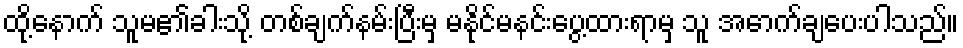
ထို့နောက် သူမ၏ခါးသို့ တစ်ချက်နမ်းပြီးမှ မနိုင်မနင်းပွေ့ထားရာမှ သူ အောက်ချပေးပါသည်။